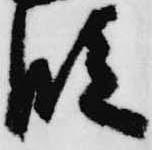
段